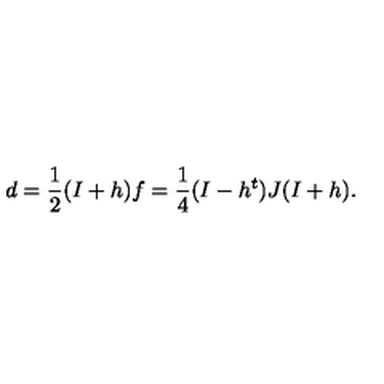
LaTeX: d = \frac { 1 } { 2 } ( I + h ) f = \frac { 1 } { 4 } ( I - h ^ { t } ) J ( I + h ) .